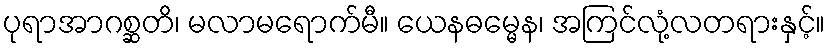
ပုရာအာဂစ္ဆတိ၊ မလာမရောက်မီ။ ယေနဓမ္မေန၊ အကြင်လုံ့လတရားနှင့်။